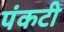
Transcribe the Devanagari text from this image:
पंकटी